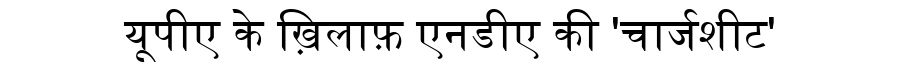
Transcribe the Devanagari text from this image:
यूपीए के ख़िलाफ़ एनडीए की 'चार्जशीट'